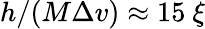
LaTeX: h/(M\Delta v)\approx 15~\xi